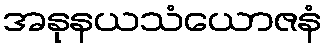
အနုနယသံယောဇနံ